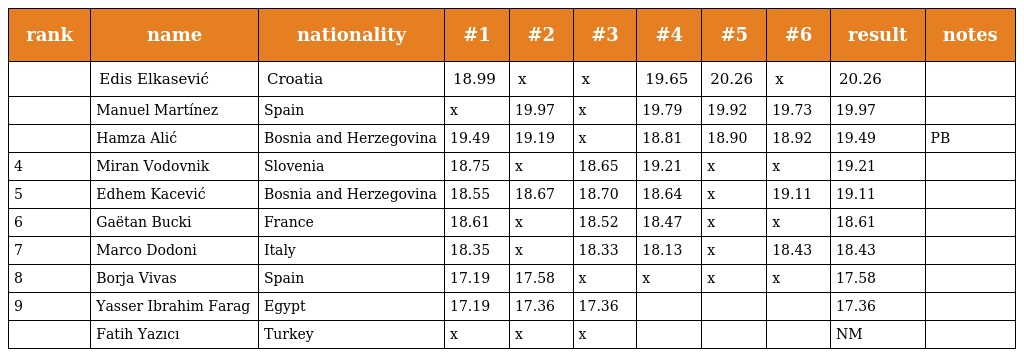
| rank | name | nationality | #1 | #2 | #3 | #4 | #5 | #6 | result | notes |
 | --- | --- | --- | --- | --- | --- | --- | --- | --- | --- | --- |
 |  | Edis Elkasević | Croatia | 18.99 | x | x | 19.65 | 20.26 | x | 20.26 |  |
 |  | Manuel Martínez | Spain | x | 19.97 | x | 19.79 | 19.92 | 19.73 | 19.97 |  |
 |  | Hamza Alić | Bosnia and Herzegovina | 19.49 | 19.19 | x | 18.81 | 18.90 | 18.92 | 19.49 | PB |
 | 4 | Miran Vodovnik | Slovenia | 18.75 | x | 18.65 | 19.21 | x | x | 19.21 |  |
 | 5 | Edhem Kacević | Bosnia and Herzegovina | 18.55 | 18.67 | 18.70 | 18.64 | x | 19.11 | 19.11 |  |
 | 6 | Gaëtan Bucki | France | 18.61 | x | 18.52 | 18.47 | x | x | 18.61 |  |
 | 7 | Marco Dodoni | Italy | 18.35 | x | 18.33 | 18.13 | x | 18.43 | 18.43 |  |
 | 8 | Borja Vivas | Spain | 17.19 | 17.58 | x | x | x | x | 17.58 |  |
 | 9 | Yasser Ibrahim Farag | Egypt | 17.19 | 17.36 | 17.36 |  |  |  | 17.36 |  |
 |  | Fatih Yazıcı | Turkey | x | x | x |  |  |  | NM |  |